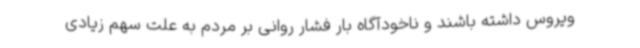
ویروس داشته باشند و ناخودآگاه بار فشار روانی بر مردم به علت سهم زیادی